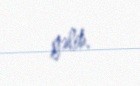
gəlib.